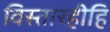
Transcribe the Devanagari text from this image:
विस्तारहीहि